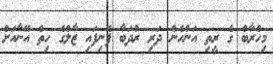
މިހްރާބް ގެ ރީތި އަންހެން ދަރި ރުދަބާ ފެނިފައި ޒާލްގެ ހިތް އޭނާއަށް